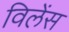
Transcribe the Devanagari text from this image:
विलेंस